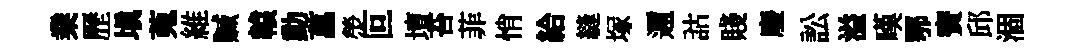
業歷填蒐維贓轅動菖熒叵壇苔菲悄給縫塚邇詁賤廢訟溢嘆鄂寳邱涸